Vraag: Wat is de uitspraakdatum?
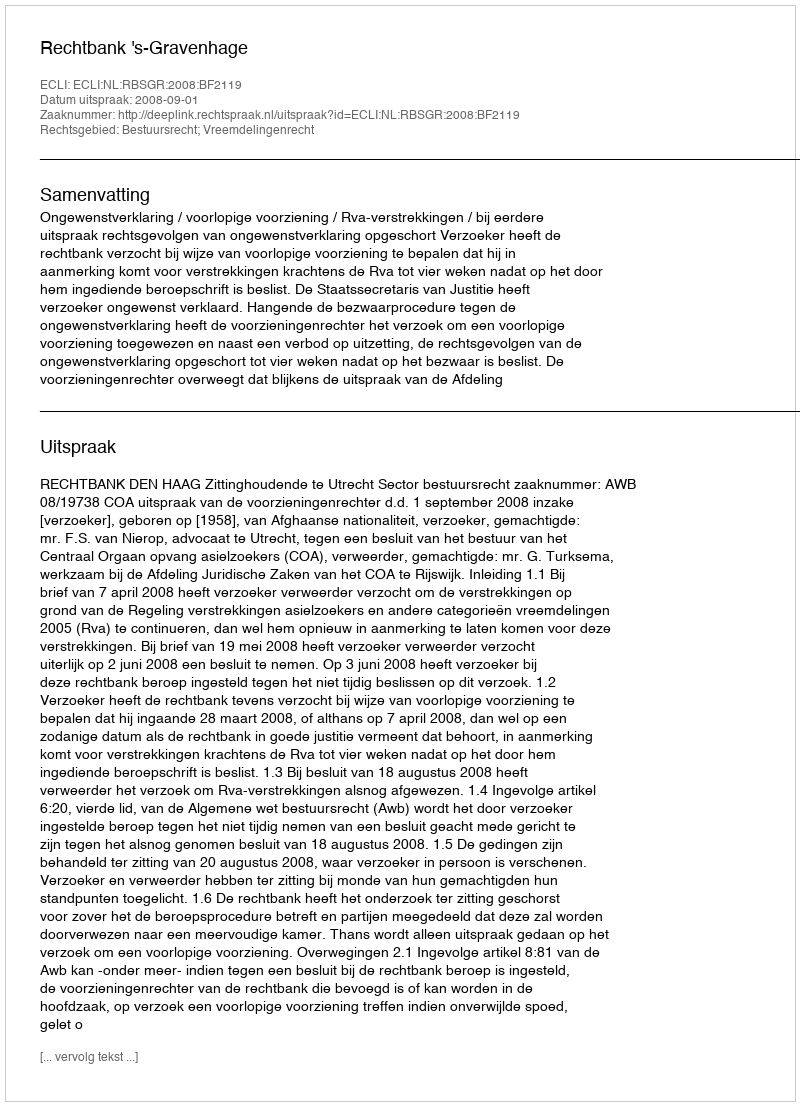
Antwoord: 2008-09-01